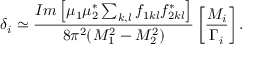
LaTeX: \delta _ { i } \simeq { \frac { I m \left[ \mu _ { 1 } \mu _ { 2 } ^ { * } \sum _ { k , l } f _ { 1 k l } f _ { 2 k l } ^ { * } \right] } { 8 \pi ^ { 2 } ( M _ { 1 } ^ { 2 } - M _ { 2 } ^ { 2 } ) } } \left[ { \frac { M _ { i } } { \Gamma _ { i } } } \right] .